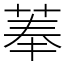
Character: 菶